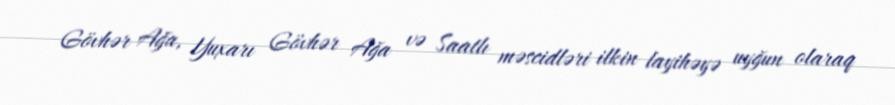
Gövhər Ağa, Yuxarı Gövhər Ağa və Saatlı məscidləri ilkin layihəyə uyğun olaraq